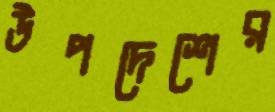
উপদেশের